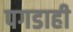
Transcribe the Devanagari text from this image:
पगडाही